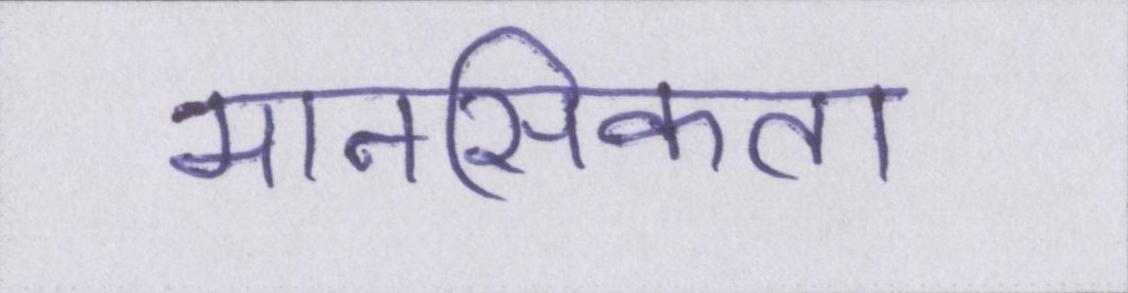
मानसिकता